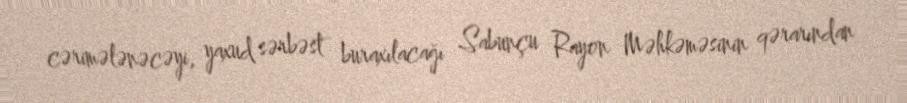
cərimələnəcəyi, yaxud sərbəst buraxılacağı Sabunçu Rayon Məhkəməsinin qərarından